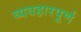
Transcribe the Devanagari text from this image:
व्यवहारपूर्ण